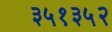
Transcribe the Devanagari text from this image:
३५१३५२